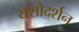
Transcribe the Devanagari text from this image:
यशोदर्शन